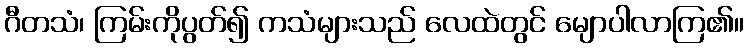
ဂီတသံ၊ ကြမ်းကိုပွတ်၍ ကသံများသည် လေထဲတွင် မျောပါလာကြ၏။